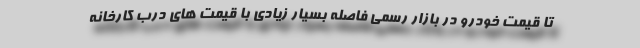
تا قیمت خودرو در بازار رسمی فاصله بسیار زیادی با قیمت های درب کارخانه